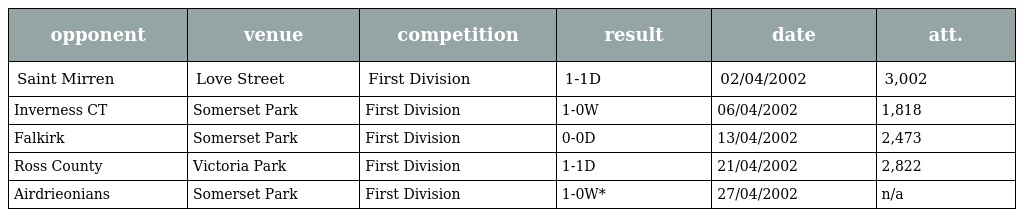
| opponent | venue | competition | result | date | att. |
 | --- | --- | --- | --- | --- | --- |
 | Saint Mirren | Love Street | First Division | 1-1D | 02/04/2002 | 3,002 |
 | Inverness CT | Somerset Park | First Division | 1-0W | 06/04/2002 | 1,818 |
 | Falkirk | Somerset Park | First Division | 0-0D | 13/04/2002 | 2,473 |
 | Ross County | Victoria Park | First Division | 1-1D | 21/04/2002 | 2,822 |
 | Airdrieonians | Somerset Park | First Division | 1-0W* | 27/04/2002 | n/a |